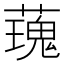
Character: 𧀐